Rangoon Lunatic Asylum 1878-1892 - 1878-1892
Year: 1878
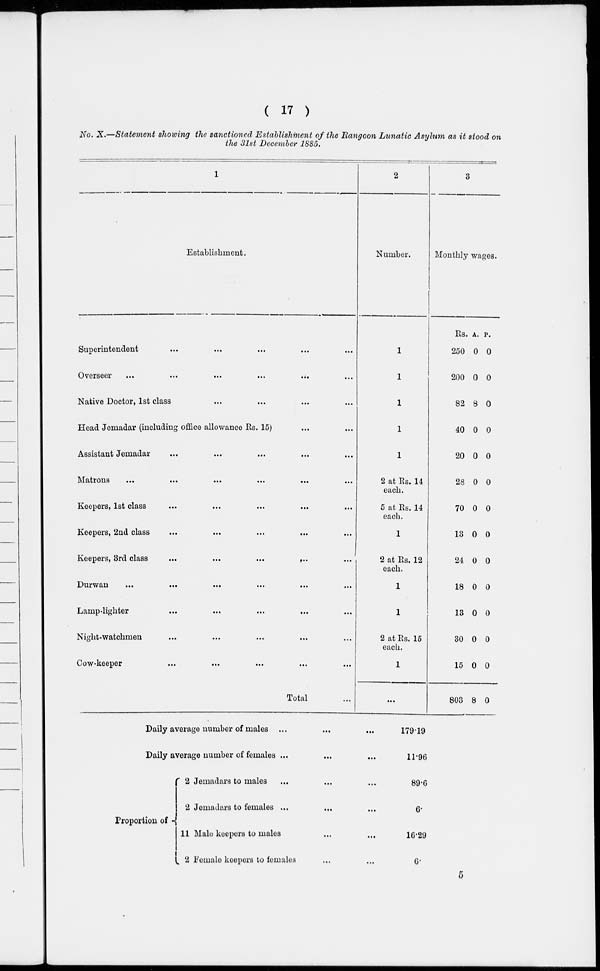
( 17 )
No. X.—Statement showing the sanctioned Establishment of the Rangoon Lunatic Asylum as it stood on
the 31st December 1885.
1
Establishment.
Superintendent ... ... ... ... ...
Overseer
...
...
...
...
...
...
Native Doctor, 1st class ... ... ... ... ...
Head Jemadar (including office allowance Rs. 15) ... ...
Assistant Jemadar ... ... ... ... ...
Matrons ... ... ... ... ... ...
Keepers, 1st class ... ... ... ... ...
Keepers, 2nd class ... ... ... ... ...
Keepers, 3rd class
...
...
...
...
...
Durwan ... ... ... ... ...
Lamp-lighter
...
...
...
...
...
Night-watchmen ... ... ... ... ...
Cow-keeper ... ... ... ... ...
Total ...
2
Number.
1
1
1
1
1
2 at Rs. 14
each.
5 at Rs. 14
each.
1
2 at Rs. 12
each.
1
1
2 at Rs. 15
each.
1
...
3
Monthly wages.
Rs.
250
200
82
40
20
28
70
13
24
18
13
30
15
803
A.
0
0
8
0
0
0
0
0
0
0
0
0
0
8
P.
0
0
0
0
0
0
0
0
0
0
0
0
0
0
Daily average number of males ... ... ...
Daily average number of females ... ... ...
Proportion of
2 Jemadars to males ... ... ...
2 Jemadars to females ... ... ...
11 Male keepers to males ... ...
2 Female keepers to females ... ...
179.19
11.96
89.6
6.
16.29
6.
5